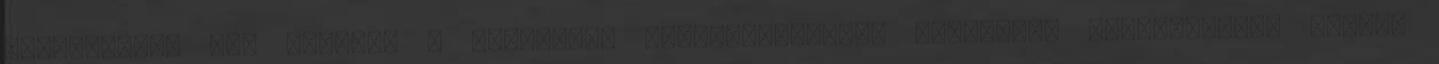
megjegyzés. Itt azokról a speciális alkalmazásokról készítünk megjegyzést, melyek